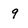
Character: 9